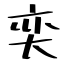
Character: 奕